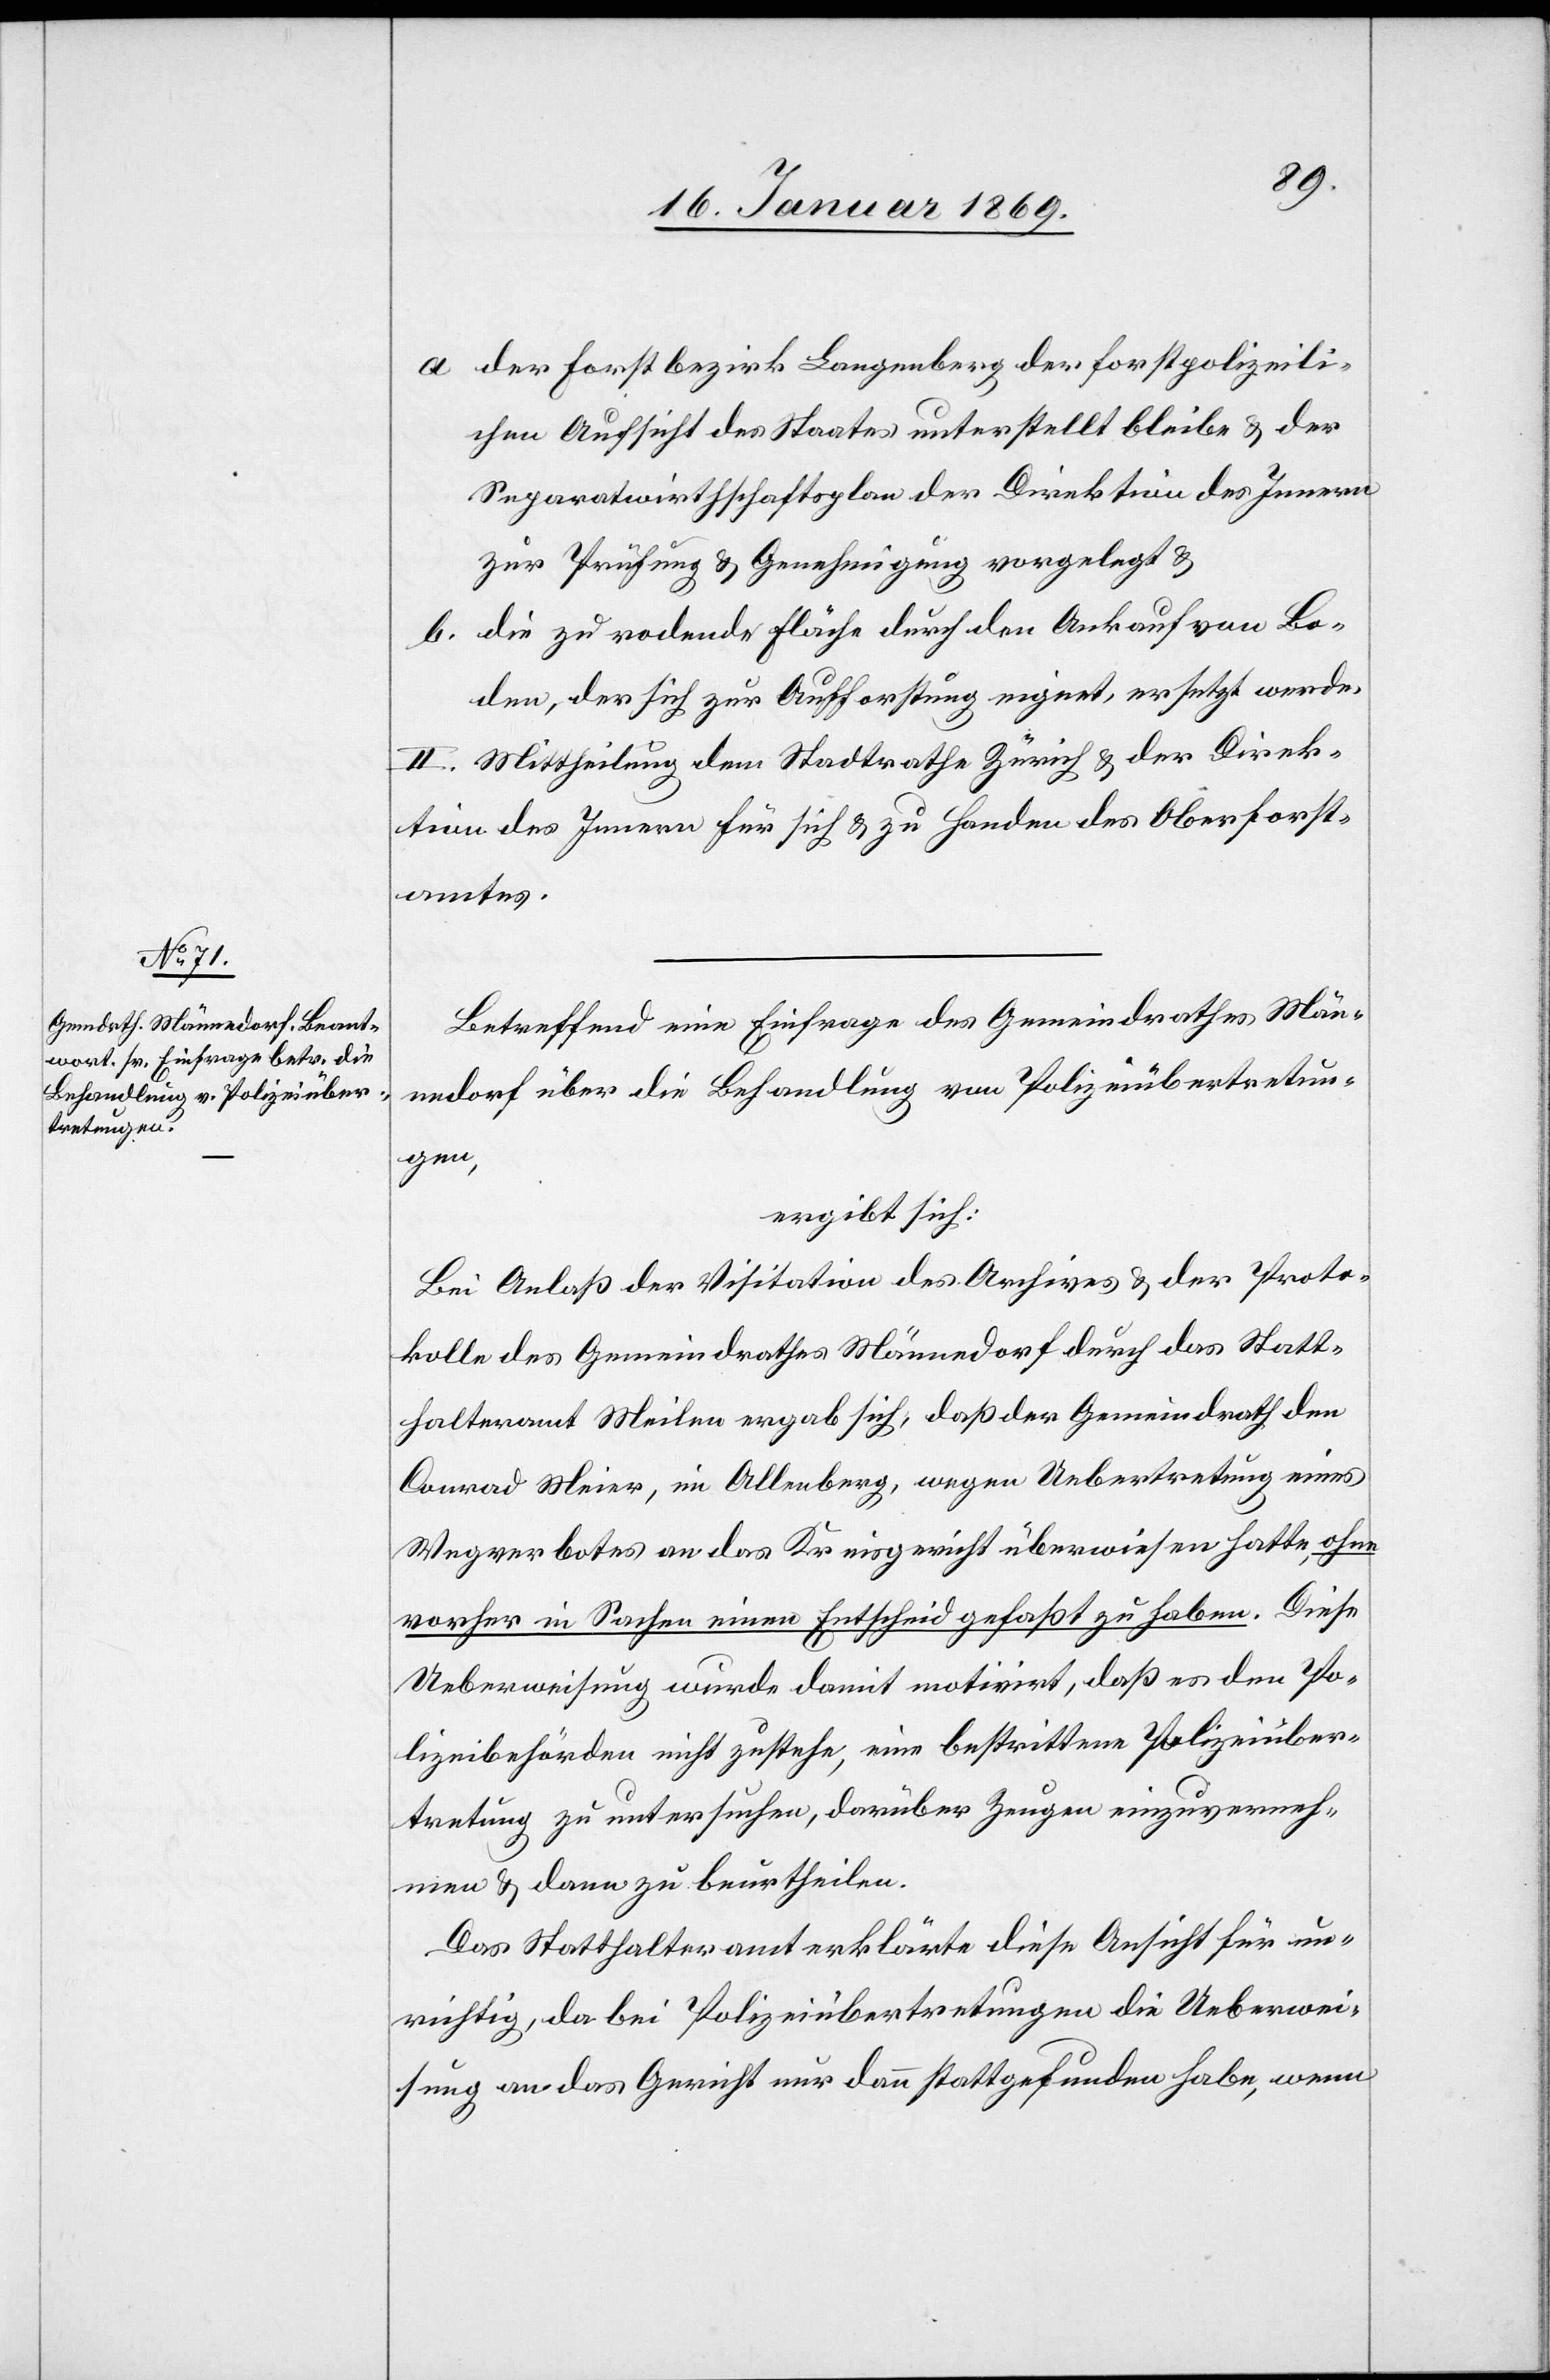
a. der Forstbezirk Langenberg der forstpolizeili¬
chen Aufsicht des Staates unterstellt bleibe u. der
Separatwirthschaftsplan der Direktion des Innern
zur Prüfung u. Genehmigung vorgelegt u.
b. die zu rodende Fläche durch den Ankauf von Bo¬
den, der sich zur Aufforstung eignet, ersetzt werde.
II. Mittheilung dem Stadtrathe Zürich u. der Direk¬
tion des Innern für sich u. zu Handen des Oberforst¬
amtes.
Betreffend eine Einfrage des Gemeindrathes Män¬
nedorf über die Behandlung von Polizeiübertretun¬
gen,
ergibt sich:
Bei Anlaß der Visitation des Archives u. der Proto¬
kolle des Gemeindrathes Männedorf durch das Statt¬
halteramt Meilen ergab sich, daß der Gemeindrath dem
Conrad Meier, im Allenberg, wegen Uebertretung eines
Wegverbotes an das Kreisgericht überwiesen hatte, ohne
vorher in Sachen einen Entscheid gefaßt zu haben. Diese
Ueberweisung wurde damit motivirt, daß es den Po¬
lizeibehörden nicht zustehe, eine bestrittene Polizeiüber¬
tretung zu untersuchen, darüber Zeugen einzuverneh¬
men u. dann zu beurtheilen.
Das Statthalteramt erklärte diese Ansicht für un¬
richtig, da bei Polizeiübertretungen die Ueberwei¬
sung an das Gericht nur dann stattgefunden habe, wenn